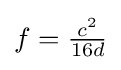
f={\tfrac {c^{2}}{16d}}